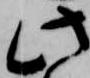
此